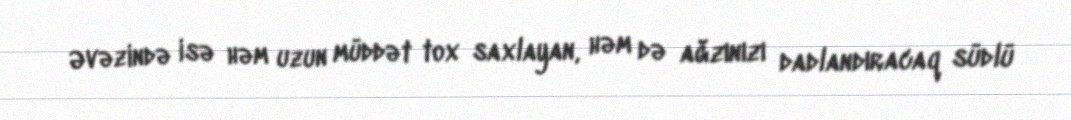
Əvəzində isə həm uzun müddət tox saxlayan, həm də ağzınızı dadlandıracaq südlü